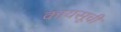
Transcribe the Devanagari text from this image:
कायसूची